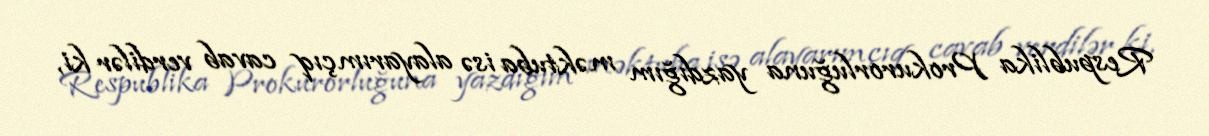
Respublika Prokurorluğuna yazdığım məktuba isə alayarımçıq cavab verdilər ki,